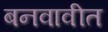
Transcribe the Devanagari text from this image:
बनवावीत